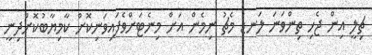
ޗިލީ އިން ޖެހި ތިންވަނަ ލަނޑު މެޗު ނިމެން އަށް މިނެޓަށްވެފައިވަނިކޮށް ކާމިޔާބުކޮށްދިނީ